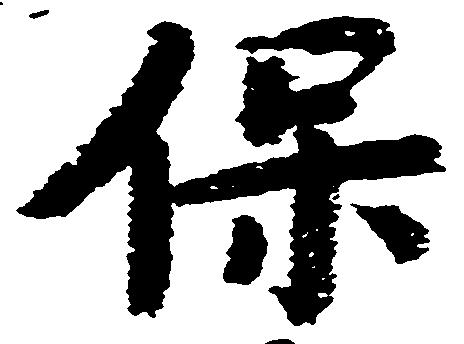
保